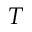
T